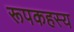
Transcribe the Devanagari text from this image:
रूपकहस्य